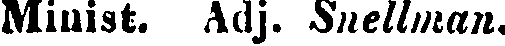
Minist. Adj. Snellman.